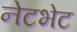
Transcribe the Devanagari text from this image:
नेटभेट